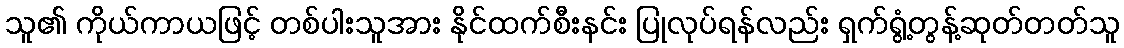
သူ၏ ကိုယ်ကာယဖြင့် တစ်ပါးသူအား နိုင်ထက်စီးနင်း ပြုလုပ်ရန်လည်း ရှက်ရွံ့တွန့်ဆုတ်တတ်သူ